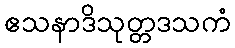
ဧသနာဒိသုတ္တဒသကံ